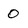
Character: 0